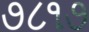
૭૮૧૭